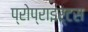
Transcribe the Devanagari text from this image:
प्रोप्राइर्टस